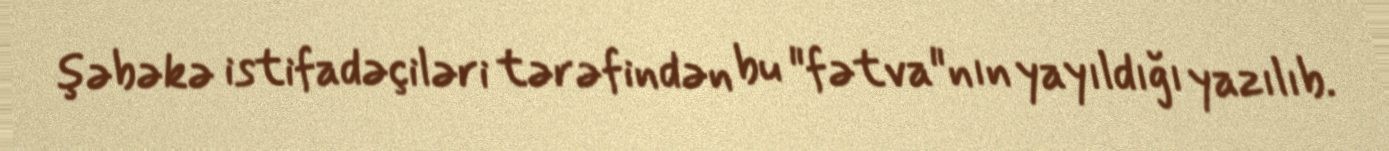
şəbəkə istifadəçiləri tərəfindən bu "fətva"nın yayıldığı yazılıb.